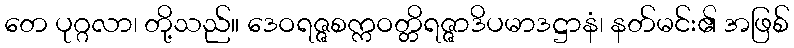
တေ ပုဂ္ဂလာ၊ တို့သည်။ ဒေဝရဇ္ဇစက္ကဝတ္တိရဇ္ဇာဒိပမာဒဋ္ဌာနံ၊ နတ်မင်း၏ အဖြစ်